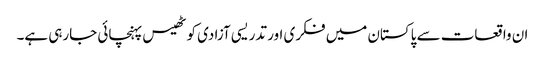
ان واقعات سے پاکستان میں فکری اور تدریسی آزادی کو ٹھیس پہنچائی جارہی ہے۔